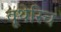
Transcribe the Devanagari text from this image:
वूथेरिच